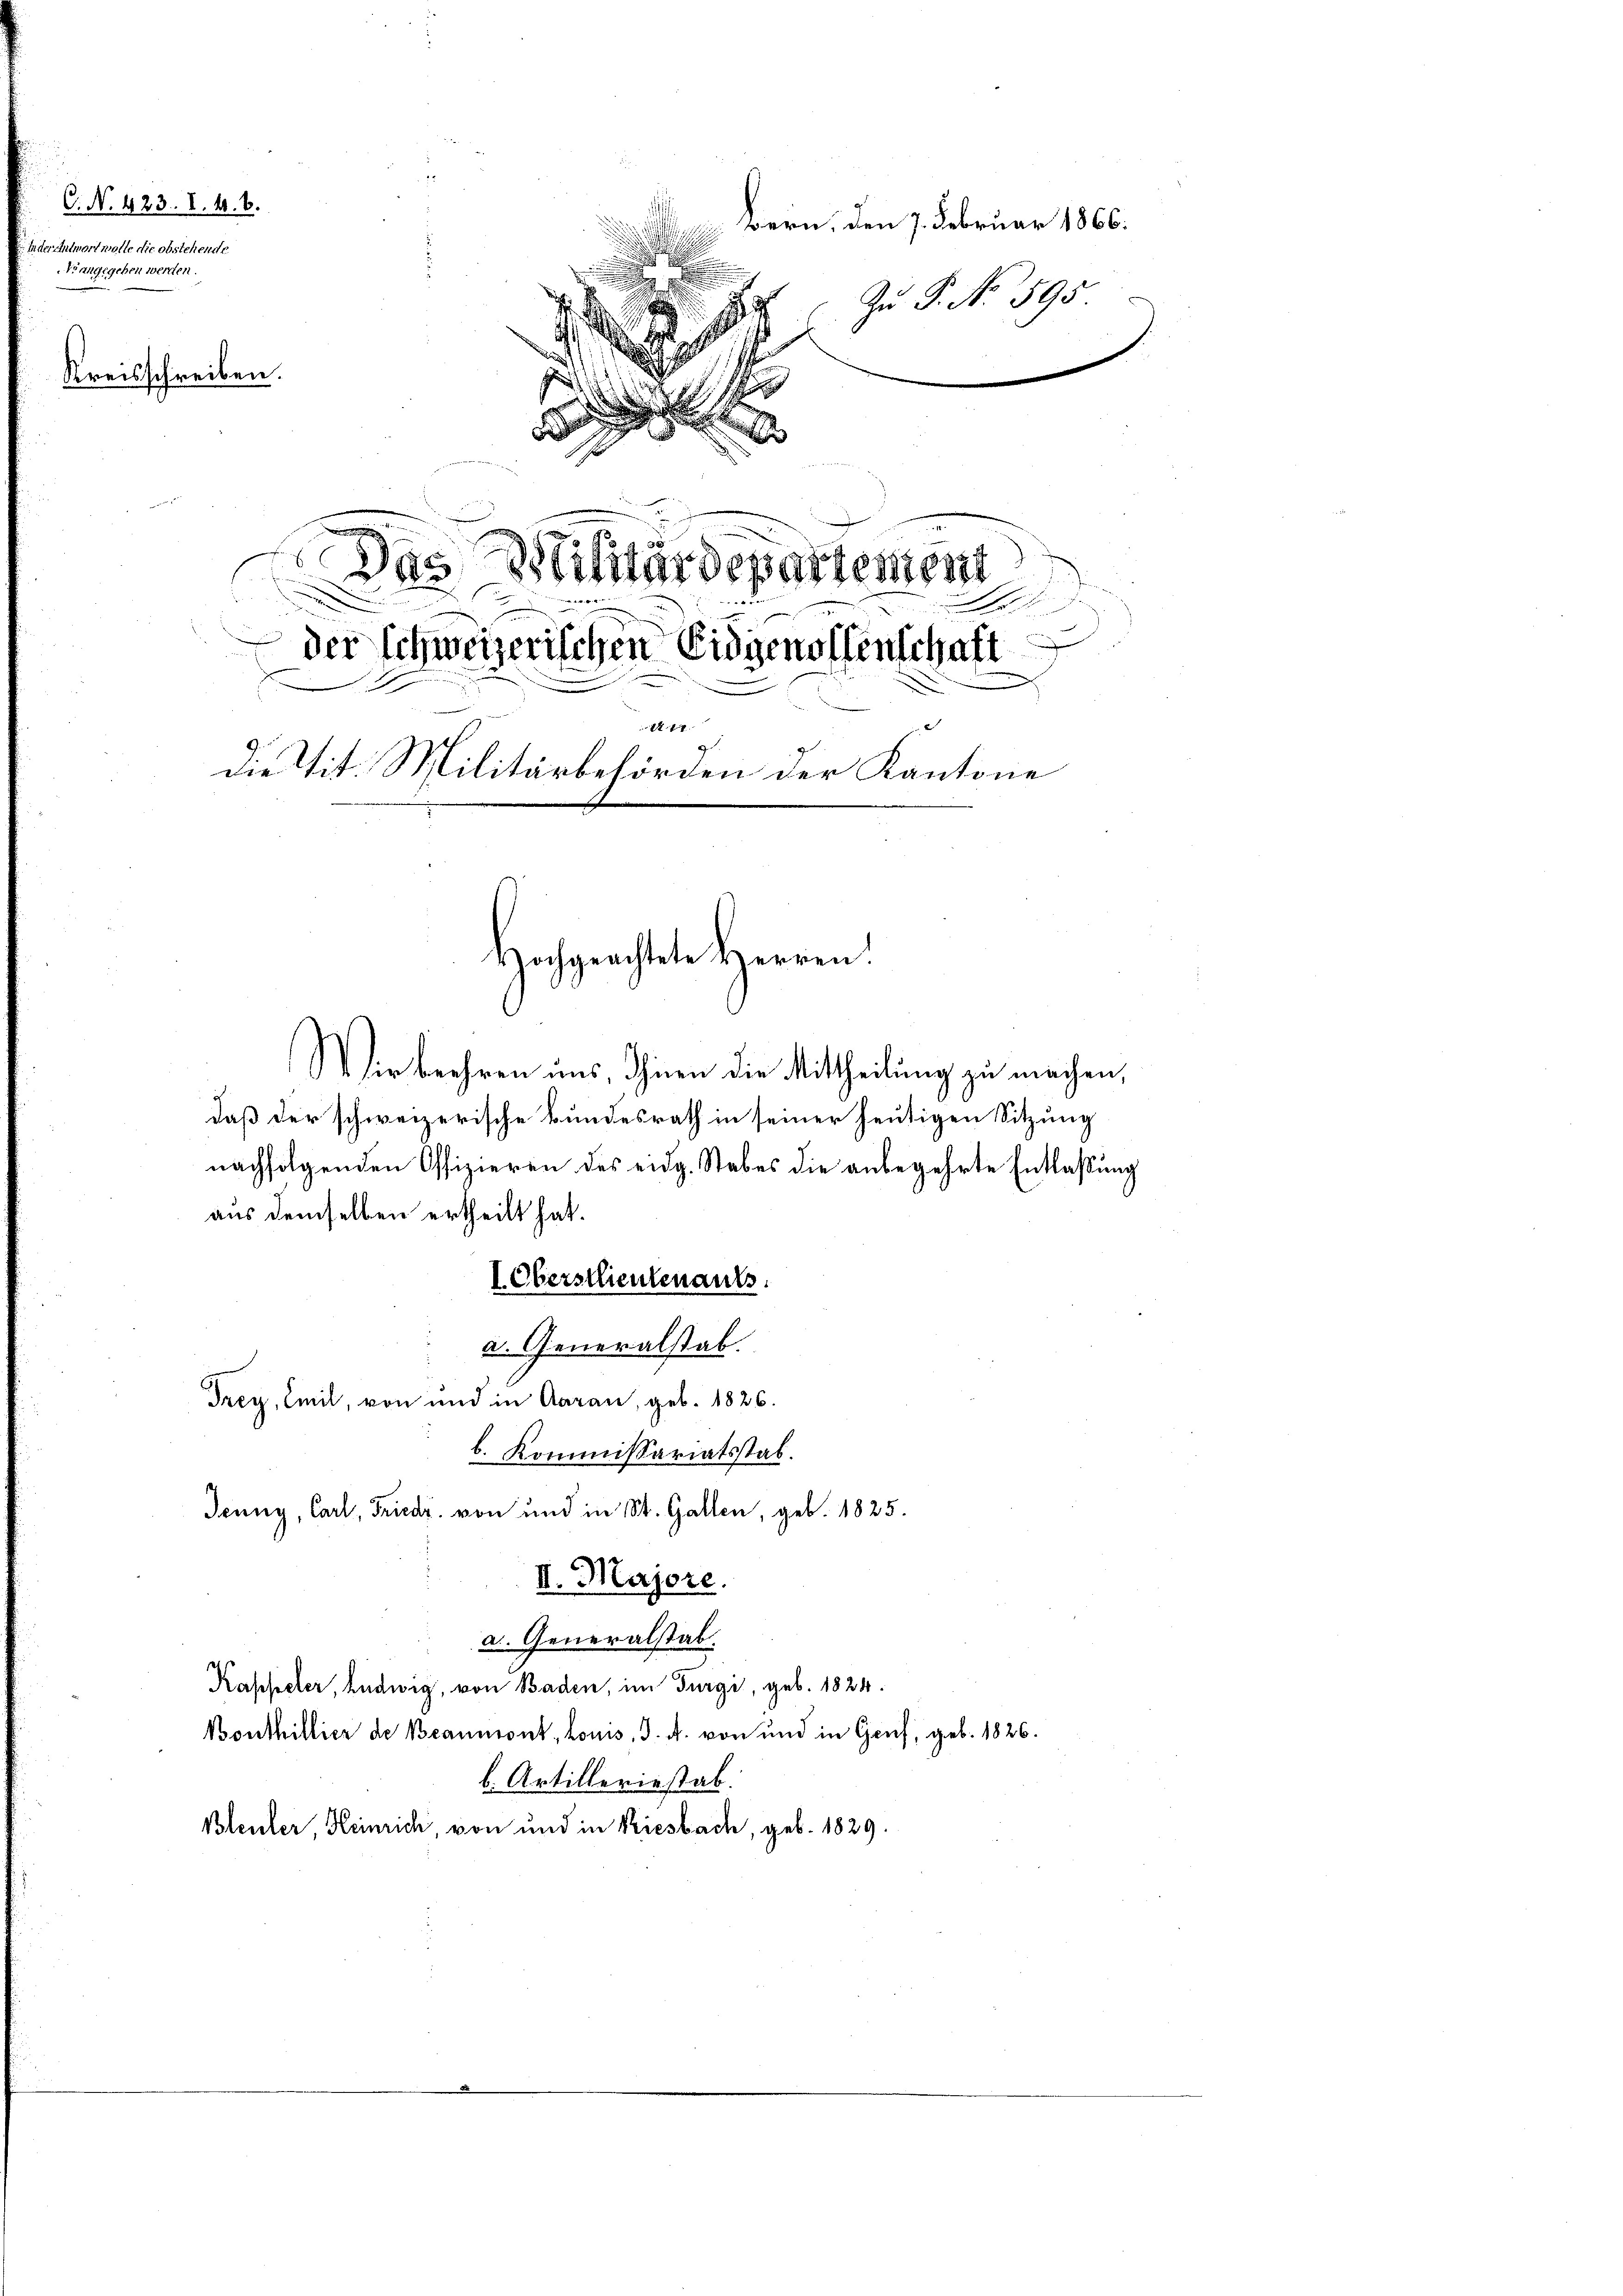
C. N. 423. I. 41. 8.
In der Antwort wolle die obstehende
kiangegeben werden.

Kreisschreiben.
¬
.
x
E
Das Militardepartement
der schweizerischen Eidgenossenschaft
A 17.
die Tit. Militärbehörden der Kantone
Hochgeachtete Herren:

F

Wir beehren uns, Ihnen die Mittheilung zu machen,
daß der schweizerische Bundesrath in seiner heutigen Sitzung
nachfolgenden Offizieren des eidg. Stabes die anbegehrte Entlaßung
aus demselben ertheilt hat.
Oberstlieutenants.
a. Generalstab.
Trey, Emil, von und in Aarau, geb. 1826.
b. Kommissariatsstab.
Jenny, Carl, Friedr. von und in St. Gallen, geb. 1825.
II. Majore.
a. Generalstab.
Kappeler, Ludwig, von Baden, im Turgi, geb. 1824.
Bouthillier de Beaumont, Louis, d. A. von und in Genf, geb. 1826.
b. Artilleriestab.
Bleuler Heinrich, von und in Riesbach, geb. 1829.

Bern. Den 7. Februar 1866.
Zu P. No. 595